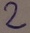
Text: 2